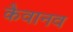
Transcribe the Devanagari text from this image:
कैवानव